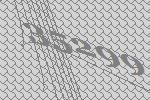
35299